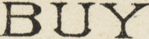
BUY